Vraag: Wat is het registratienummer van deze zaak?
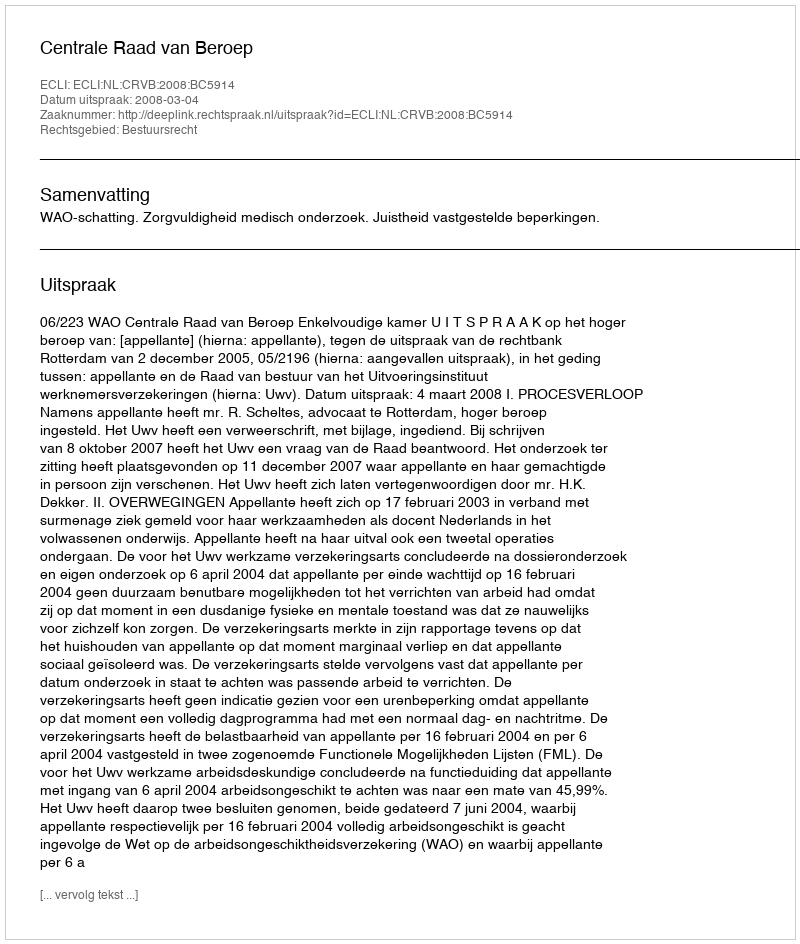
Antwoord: http://deeplink.rechtspraak.nl/uitspraak?id=ECLI:NL:CRVB:2008:BC5914